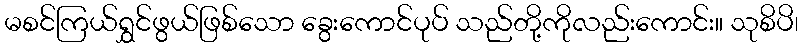
မစင်ကြယ်ရွှင်ဖွယ်ဖြစ်သော ခွေးကောင်ပုပ် သည်တို့ကိုလည်းကောင်း။ သုစိပိ၊